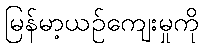
မြန်မာ့ယဉ်ကျေးမှုကို